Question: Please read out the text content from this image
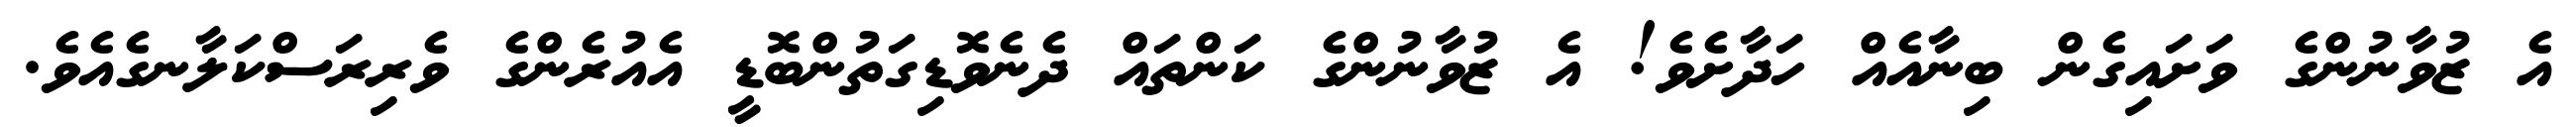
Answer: އެ ޒުވާނުންގެ ވަށައިގެން ބިނާއެއް ހަދާށެވެ! އެ ޒުވާނުންގެ ކަންތައް ދެނެވޮޑިގަތުންބޮޑީ އެއުރެންގެ ވެރިރަސްކަލާނގެއެވެ.